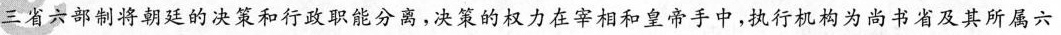
三省六部制将朝廷的决策和行政职能分离，决策的权力在宰相和皇帝手中，执行机构为尚书省及其所属六